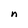
Character: n